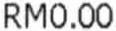
RM0.00